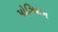
પોઝિશન